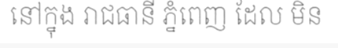
នៅក្នុង រាជធានី ភ្នំពេញ ដែល មិន